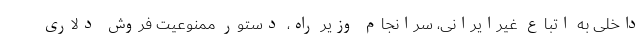
داخلی به اتباع غیرایرانی، سرانجام وزیر راه، دستور ممنوعیت فروش دلاری